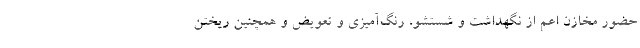
حضور مخازن اعم از نگهداشت و شستشو، رنگ‌آمیزی و تعویض و همچنین ریختن